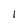
Character: l